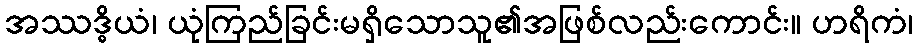
အဿဒ္ဓိယံ၊ ယုံကြည်ခြင်းမရှိသောသူ၏အဖြစ်လည်းကောင်း။ ဟရိကံ၊